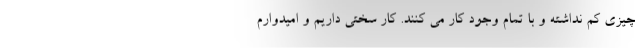
چیزی کم نداشته و با تمام وجود کار می کنند. کار سختی داریم و امیدوارم